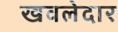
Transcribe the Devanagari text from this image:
खवलेदार